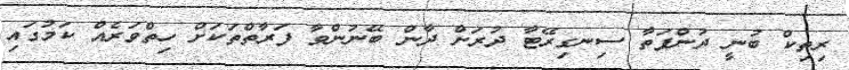
ރިތިކް ބުނީ ދުންފަތާ ސިނގިރޭޓާ ދުރަށް ދާން ބޭނުންވާ ފަރާތްތަކަށް ހިތްވަރެއް ކަމުގައި